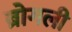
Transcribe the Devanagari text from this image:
ब्रोगली